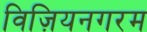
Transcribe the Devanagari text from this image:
विज़ियनगरम